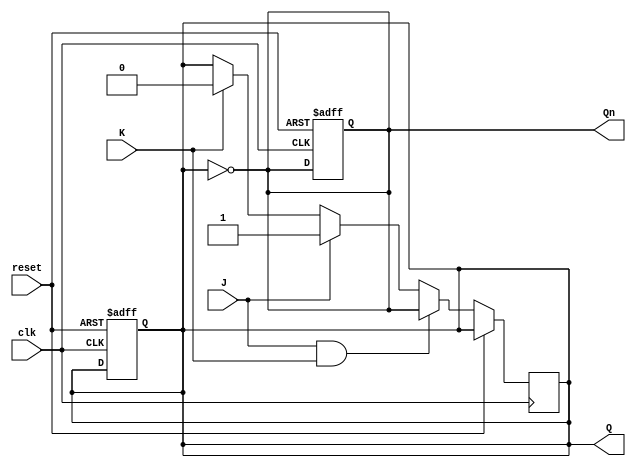
module jk_latch (
    input J, // input for the J input of the JK latch
    input K, // input for the K input of the JK latch
    input clk, // clock input
    input reset, // asynchronous reset input
    output reg Q, // output Q of the latch
    output reg Qn // output Qn of the latch
);

reg Q_next; // next state of Q

always @(posedge clk or posedge reset)
begin
    if (reset)
    begin
        Q <= 0;
        Qn <= 1;
    end
    else
    begin
        if (J && K) // toggle state
            Q_next <= ~Q;
        else if (J)
            Q_next <= 1;
        else if (K)
            Q_next <= 0;
    end
end

always @(*)
begin
    Q <= Q_next;
    Qn <= ~Q_next;
end

endmodule